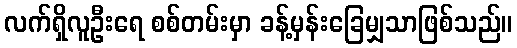
လက်ရှိလူဦးရေ စစ်တမ်းမှာ ခန့်မှန်းခြေမျှသာဖြစ်သည်။